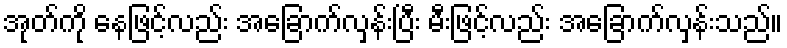
အုတ်ကို နေဖြင့်လည်း အခြောက်လှန်းပြီး မီးဖြင့်လည်း အခြောက်လှန်းသည်။